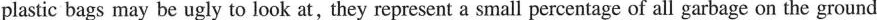
plastic bags may be ugly to look at, they represent a small percentage of all garbage on the ground